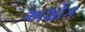
અશોક